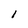
Character: l